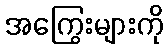
အကြွေးများကို